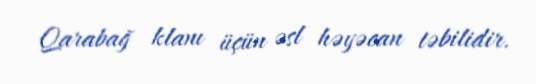
Qarabağ klanı üçün əsl həyəcan təbilidir.